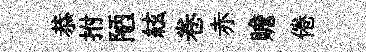
恭拊陋絃卷赤贍倦